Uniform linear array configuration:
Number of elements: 48
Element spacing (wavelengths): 1
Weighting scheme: hamming
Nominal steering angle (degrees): -45
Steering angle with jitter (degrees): -45.781
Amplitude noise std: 0.05
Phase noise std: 0.05

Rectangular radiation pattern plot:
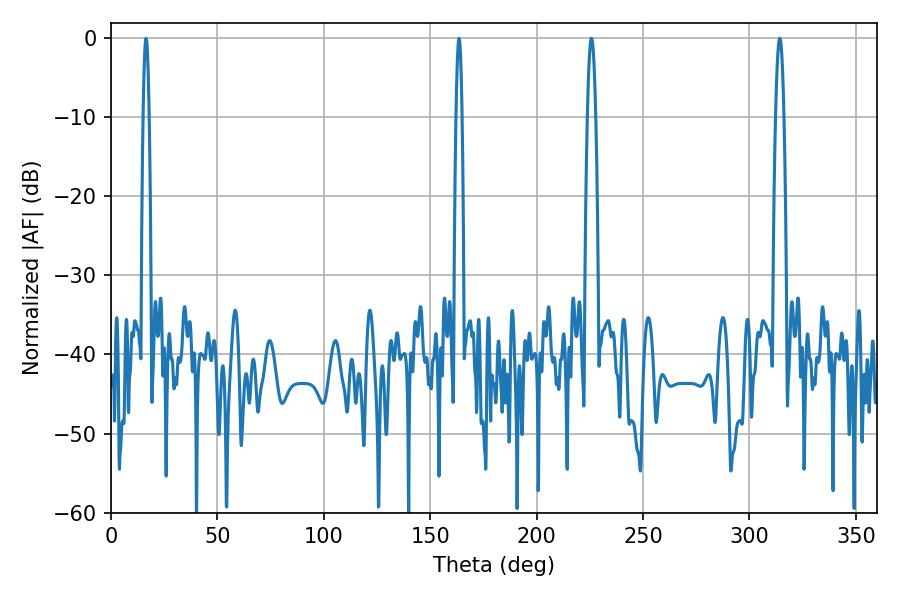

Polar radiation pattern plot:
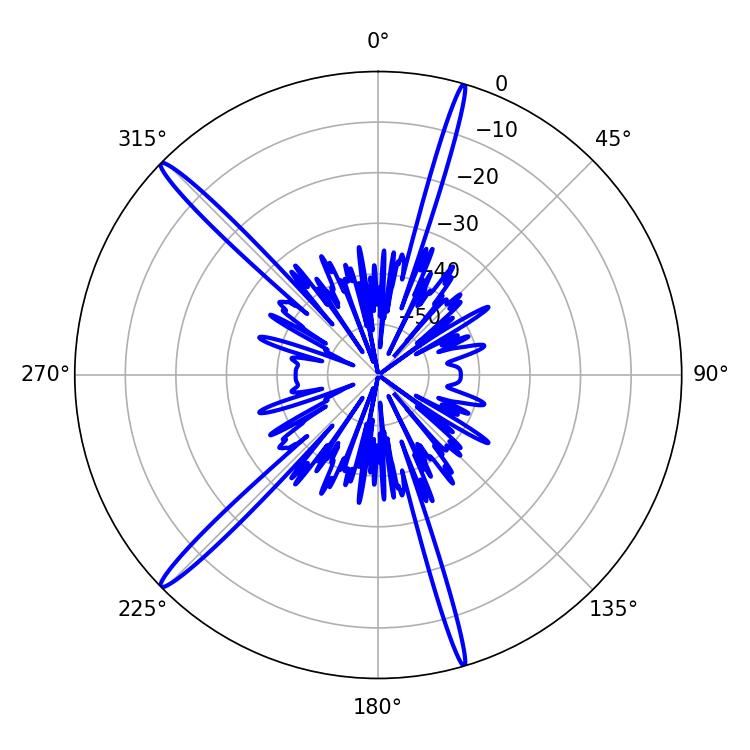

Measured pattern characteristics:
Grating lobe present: TRUE
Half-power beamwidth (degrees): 2.16
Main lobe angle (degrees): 314.28